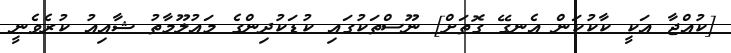
[ކުއްޖާ އަކީ ކާކުކަން އެނގޭ ގޮތަށް] ނޫސްތަކުގައި ކުޑަކުދިންގެ މައުލޫމާތު ޝާއިއު ކުރެވެނީ